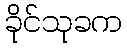
ခိုင်သုခက